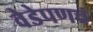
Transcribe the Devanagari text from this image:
वेडेपणच